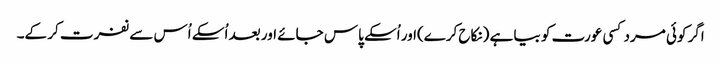
اگر کوئی مرد کسی عورت کو بیا ہے (نکاح کرے)اور اُسکے پاس جائے اور بعد اُسکے اُس سے نفرت کر کے۔